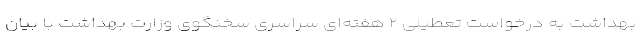
بهداشت به درخواست تعطیلی ۲ هفته‌ای سراسری سخنگوی وزارت بهداشت با بیان